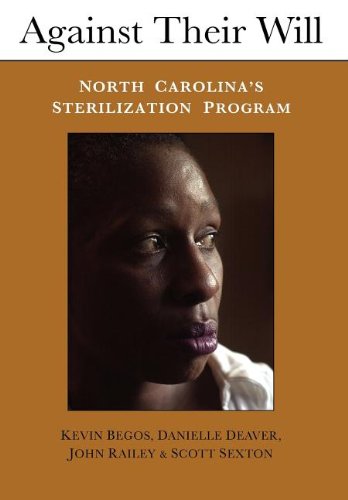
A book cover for Against Their Will: North Carolina's Sterilization Program and the Campaign for Reparations; Kevin Begos; Politics & Social Sciences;